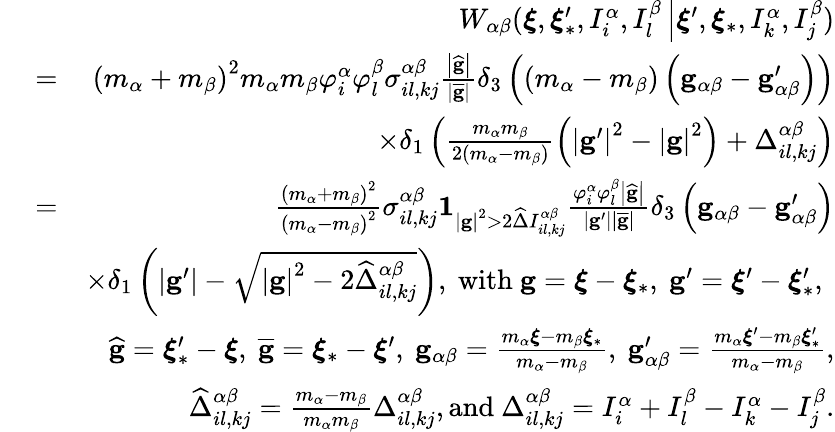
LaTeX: \begin{array}{rlr}&{}&{W_{\alpha\beta}(\boldsymbol{\xi},\boldsymbol{\xi}_{\ast}^{\prime},I_{i}^{\alpha},I_{l}^{\beta}\left\vert\boldsymbol{\xi}^{\prime},\boldsymbol{\xi}_{\ast},I_{k}^{\alpha},I_{j}^{\beta}\right.)}\\ &{=}&{\left(m_{\alpha}+m_{\beta}\right)^{2}m_{\alpha}m_{\beta}\varphi_{i}^{\alpha}\varphi_{l}^{\beta}\sigma_{il,kj}^{\alpha\beta}\frac{\left\vert\widehat{\mathbf{g}}\right\vert}{\left\vert\overline{{\mathbf{g}}}\right\vert}\delta_{3}\left(\left(m_{\alpha}-m_{\beta}\right)\left(\mathbf{g}_{\alpha\beta}-\mathbf{g}_{\alpha\beta}^{\prime}\right)\right)}\\ &{}&{\times\delta_{1}\left(\frac{m_{\alpha}m_{\beta}}{2\left(m_{\alpha}-m_{\beta}\right)}\left(\left\vert\mathbf{g}^{\prime}\right\vert^{2}-\left\vert\mathbf{g}\right\vert^{2}\right)+\Delta_{il,kj}^{\alpha\beta}\right)}\\ &{=}&{\frac{\left(m_{\alpha}+m_{\beta}\right)^{2}}{\left(m_{\alpha}-m_{\beta}\right)^{2}}\sigma_{il,kj}^{\alpha\beta}\mathbf{1}_{\left\vert\mathbf{g}\right\vert^{2}>2\widehat{\Delta}I_{il,kj}^{\alpha\beta}}\frac{\varphi_{i}^{\alpha}\varphi_{l}^{\beta}\left\vert\widehat{\mathbf{g}}\right\vert}{\left\vert\mathbf{g}^{\prime}\right\vert\left\vert\overline{{\mathbf{g}}}\right\vert}\delta_{3}\left(\mathbf{g}_{\alpha\beta}-\mathbf{g}_{\alpha\beta}^{\prime}\right)}\\ &{}&{\times\delta_{1}\left(\left\vert\mathbf{g}^{\prime}\right\vert-\sqrt{\left\vert\mathbf{g}\right\vert^{2}-2\widehat{\Delta}_{il,kj}^{\alpha\beta}}\right)\mathrm{,~with~}\mathbf{g}=\boldsymbol{\xi}-\boldsymbol{\xi}_{\ast}\mathrm{,~}\mathbf{g}^{\prime}=\boldsymbol{\xi}^{\prime}-\boldsymbol{\xi}_{\ast}^{\prime}\mathrm{,~}}\\ {\mathrm{~}}&{}&{\widehat{\mathbf{g}}=\boldsymbol{\xi}_{\ast}^{\prime}-\boldsymbol{\xi}\mathrm{,~}\overline{{\mathbf{g}}}=\boldsymbol{\xi}_{\ast}-\boldsymbol{\xi}^{\prime}\mathrm{,~}\mathbf{g}_{\alpha\beta}=\frac{m_{\alpha}\boldsymbol{\xi}-m_{\beta}\boldsymbol{\xi}_{\ast}}{m_{\alpha}-m_{\beta}}\mathrm{,~}\mathbf{g}_{\alpha\beta}^{\prime}=\frac{m_{\alpha}\boldsymbol{\xi}^{\prime}-m_{\beta}\boldsymbol{\xi}_{\ast}^{\prime}}{m_{\alpha}-m_{\beta}}\mathrm{,}}\\ &{}&{\mathrm{~}\widehat{\Delta}_{il,kj}^{\alpha\beta}=\frac{m_{\alpha}-m_{\beta}}{m_{\alpha}m_{\beta}}\Delta_{il,kj}^{\alpha\beta}\mathrm{,and~}\Delta_{il,kj}^{\alpha\beta}=I_{i}^{\alpha}+I_{l}^{\beta}-I_{k}^{\alpha}-I_{j}^{\beta}\mathrm{.}}\end{array}